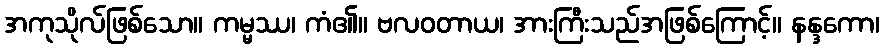
အကုသိုလ်ဖြစ်သော။ ကမ္မဿ၊ ကံ၏။ ဗလဝတာယ၊ အားကြီးသည်အဖြစ်ကြောင့်။ နန္ဒကော၊